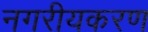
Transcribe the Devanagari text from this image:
नगरीयकरण